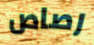
رصاص